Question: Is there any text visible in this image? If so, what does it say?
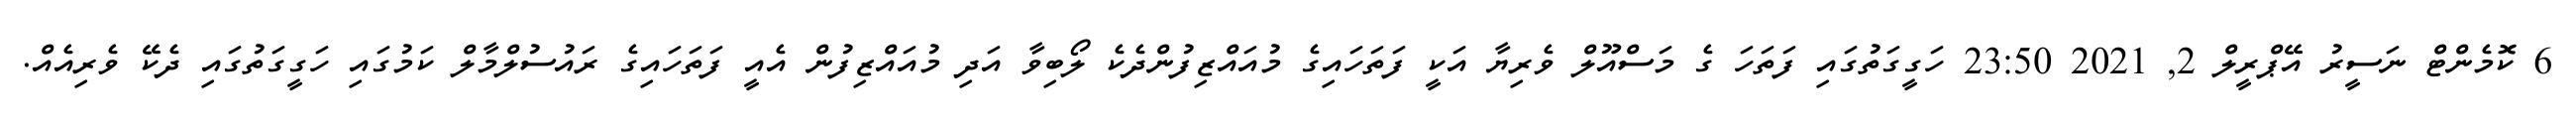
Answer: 6 ކޮމެންޓް ނަސީރު އޭޕްރީލް 2, 2021 23:50 ހަގީގަތުގައި ފަތަހަ ގެ މަސްއޫލް ވެރިޔާ އަކީ ފަތަހައިގެ މުއައްޒިފުންދެކެ ލޯބިވާ އަދި މުއައްޒިފުން އެއީ ފަތަހައިގެ ރައުސުލްމާލް ކަމުގައި ހަގީގަތުގައި ދެކޭ ވެރިއެއް.